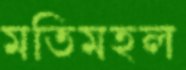
মতিমহল